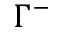
\Gamma ^ { - }